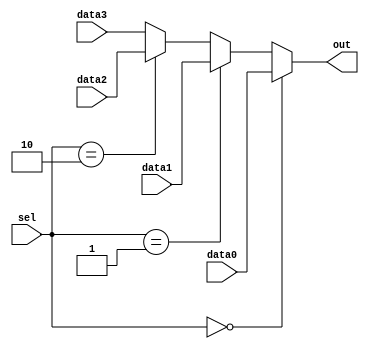
`timescale 1ns / 1ps

module Mux4_1 #(parameter DATA_WIDTH = 8)
  (input [DATA_WIDTH-1:0] data0,
   input [DATA_WIDTH-1:0] data1,
   input [DATA_WIDTH-1:0] data2,
   input [DATA_WIDTH-1:0] data3,
   input [1:0] sel,
   output [DATA_WIDTH-1:0] out);
    
    
   assign out = (sel == 2'b00) ? data0 :
             (sel == 2'b01) ? data1 :
             (sel == 2'b10) ? data2 :
                              data3;


endmodule